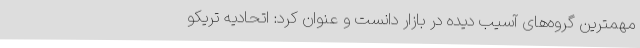
مهمترین گروه‌های آسیب دیده در بازار دانست و عنوان کرد: اتحادیه تریکو